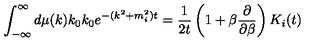
\int _ { - \infty } ^ { \infty } d \mu ( k ) k _ { 0 } k _ { 0 } e ^ { - ( k ^ { 2 } + m _ { i } ^ { 2 } ) t } = \frac 1 { 2 t } \left( 1 + \beta \frac \partial { \partial \beta } \right) K _ { i } ( t )